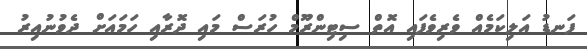
ފަނޑު އަލިކަމެއް ވެރިވެފައި އޮތް ސިޓިންރޫމް ހުރަސް މައި ދޮރާއި ހަމައަށް ދެވުނުއިރު